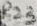
Text: R23